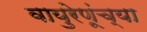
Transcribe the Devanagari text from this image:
वायुरेणूंच्या